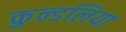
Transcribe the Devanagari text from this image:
कुन्डलिया